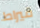
قيراط